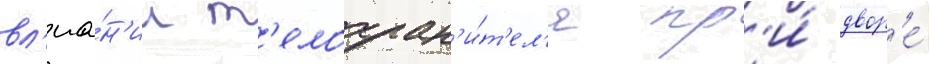
вл'иа́н'ии т'елохран'и́т'ел'я пр'и́ двор'е́